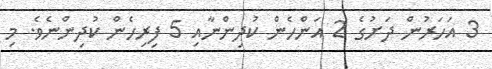
3 އަހަރުން ދަށުގެ 2 އަންހެން ކުދިންނާއި 5 ފިރިހެން ކުދިންނެވެ. މި